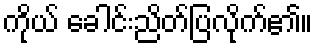
ကိုယ် ခေါင်းညိတ်ပြလိုက်၏။